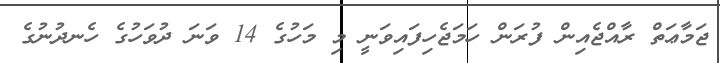
ޖަމާޢަތް ރާއްޖެއިން ފުރަން ހަމަޖެހިފައިވަނީ މި މަހުގެ 14 ވަނަ ދުވަހުގެ ހެނދުނުގެ